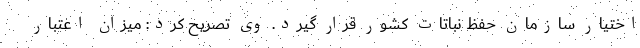
اختیار سازمان حفظ نباتات کشور قرار گیرد. وی تصریح کرد: میزان اعتبار